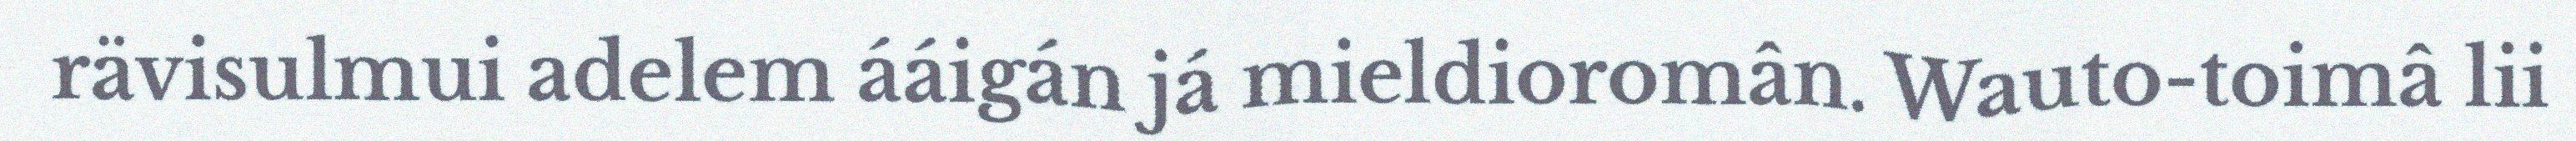
rävisulmui adelem ááigán já mieldioromân. Wauto-toimâ lii